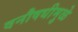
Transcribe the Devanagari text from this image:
वनौषधीमुळे